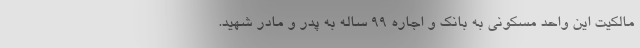
مالکیت این واحد مسکونی به بانک و اجاره ۹۹ ساله به پدر و مادر شهید.